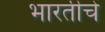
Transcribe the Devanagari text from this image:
भारतीचे